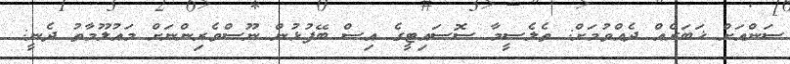
ސަންއަށް ޚަބަރެއް ދެއްވުމަށް: ތެލެސީމާ ސޮސައިޓީގެ އިސް ބޭފުޅުން ނޫސްވެރިންނަށް މައުލޫމާތު ދެނީ: